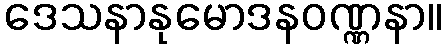
ဒေသနာနုမောဒနဝဏ္ဏနာ။